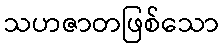
သဟဇာတဖြစ်သော